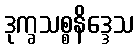
ဒုက္ခသစ္စနိဒ္ဒေသ